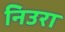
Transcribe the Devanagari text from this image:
निउरा